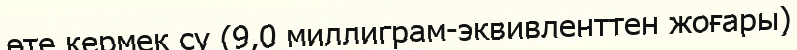
өте кермек су (9,0 миллиграм-эквивленттен жоғары)